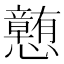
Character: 𪭂